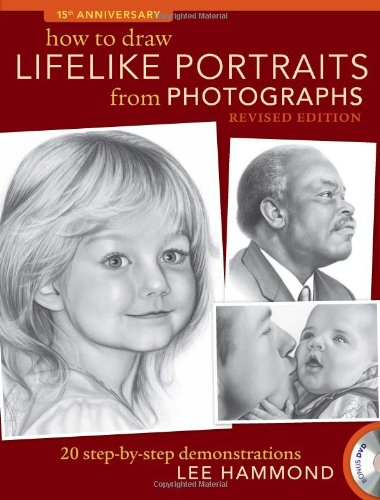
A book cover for How To Draw Lifelike Portraits From Photographs - Revised: 20 step-by-step demonstrations with bonus DVD; Lee Hammond; Arts & Photography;